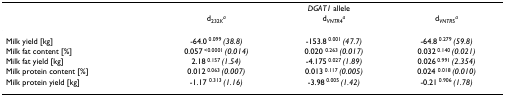
|  | <COLSPAN=3> DGAT1 allele |
 |  | d232Ka | dVNTR4a | dVNTR5a |
 | --- | --- | --- | --- |
 | Milk yield [kg] | -64.0 0.099 (38.8) | -153.8 0.001 (47.7) | -64.8 0.279 (59.8) |
 | Milk fat content [%] | 0.057 <0.0001 (0.014) | 0.020 0.263 (0.017) | 0.032 0.140 (0.021) |
 | Milk fat yield [kg] | 2.18 0.157 (1.54) | -4.175 0.027 (1.89) | 0.026 0.991 (2.354) |
 | Milk protein content [%] | 0.012 0.063 (0.007) | 0.013 0.117 (0.005) | 0.024 0.018 (0.010) |
 | Milk protein yield [kg] | -1.17 0.313 (1.16) | -3.98 0.005 (1.42) | -0.21 0.906 (1.78) |